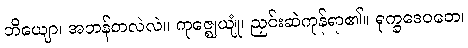
ဘိယျော၊ အဘန်တလဲလဲ။ ကုဇ္ဈေယျုံ၊ ညှင်းဆဲကုန်ရာ၏။ ရုက္ခဒေဝတေ၊